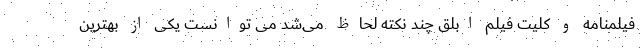
فیلمنامه و کلیت فیلم ابلق چند نکته لحاظ می‌شد می توانست یکی از بهترین